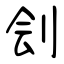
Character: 刽